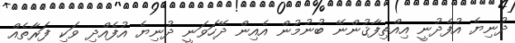
ދުނިޔެ އުފެދުނީ އިއްތިފާޤުންނޭ ބުނުމުން އެއިން ދޭހަވަނީ ދުނިޔެ އުފެއްދި ވަކި ފަރާތެއް